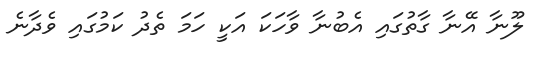
ލޫނާ އޭނާ ގާތުގައި އެބުނާ ވާހަކަ އަކީ ހަމަ ތެދު ކަމުގައި ވެދާނެ